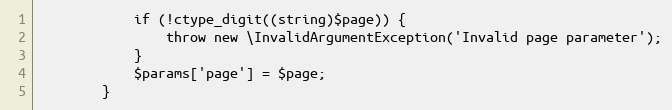
Language: PHP
            if (!ctype_digit((string)$page)) {
                throw new \InvalidArgumentException('Invalid page parameter');
            }
            $params['page'] = $page;
        }